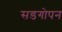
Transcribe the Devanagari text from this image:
सडगोपन